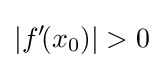
|f'\!(x_{0})|>0